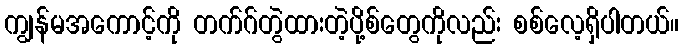
ကျွန်မအကောင့်ကို တက်ဂ်တွဲထားတဲ့ပို့စ်တွေကိုလည်း စစ်လေ့ရှိပါတယ်။